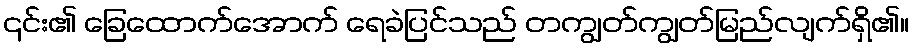
၎င်း၏ ခြေထောက်အောက် ရေခဲပြင်သည် တကျွတ်ကျွတ်မြည်လျက်ရှိ၏။